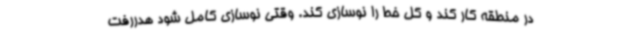
در منطقه کار کند و کل خط را نوسازی کند. وقتی نوسازی کامل شود هدررفت